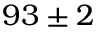
~ 9 3 \pm 2